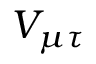
V _ { \mu \tau }